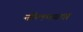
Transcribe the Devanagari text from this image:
नीलमबाग़